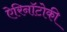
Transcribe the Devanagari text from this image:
ऐरिनॉटोकी